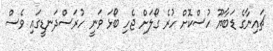
ޗައިނާގެ ޑަބާޔޫ ހުސްކޮށް ހުރެ ގޯލަށް ޖެހި ބޯޅަ ވަނީ ހުރަސްދަނޑީގައި ވެސް